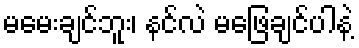
မမေးချင်ဘူး၊ နင်လဲ မဖြေချင်ပါနဲ့